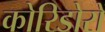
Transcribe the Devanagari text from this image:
कोरिडोरों